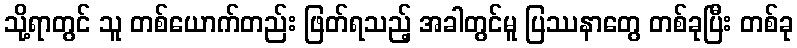
သို့ရာတွင် သူ တစ်ယောက်တည်း ဖြတ်ရသည့် အခါတွင်မူ ပြဿနာတွေ တစ်ခုပြီး တစ်ခု